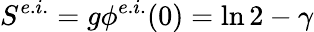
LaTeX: S^{e.i.}=g\phi^{e.i.}(0)=\ln 2-\gamma